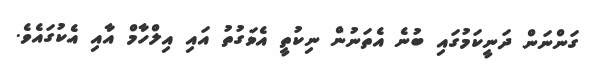
ގަންނަން ދަނީކަމުގައި ބުނެ އެތަނުން ނިކުތީ އެވަގުތު އައި އިލްހާމް އާއި އެކުގައެވެ.